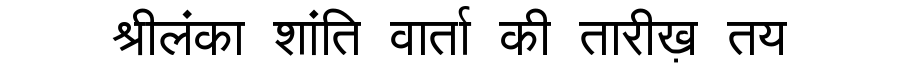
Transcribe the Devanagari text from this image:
श्रीलंका शांति वार्ता की तारीख़ तय